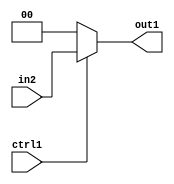
`timescale 1ps / 1ps
/*****************************************************************************
    Verilog RTL Description
    
    
    Created by: CellMath Designer 2019.1.01 
*******************************************************************************/

module sfu_out_buff_N_Mux_2_2_9_4 (
	in2,
	ctrl1,
	out1
	); /* architecture "behavioural" */ 
input [1:0] in2;
input  ctrl1;
output [1:0] out1;
wire [1:0] asc001;

reg [1:0] asc001_tmp_0;
assign asc001 = asc001_tmp_0;
always @ (ctrl1 or in2) begin
	case (ctrl1)
		1'B1 : asc001_tmp_0 = in2 ;
		default : asc001_tmp_0 = 2'B00 ;
	endcase
end

assign out1 = asc001;
endmodule

/* CADENCE  uLTySQk= : u9/ySgnWtBlWxVPRXgAZ4Og= ** DO NOT EDIT THIS LINE ******/